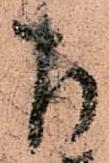
左